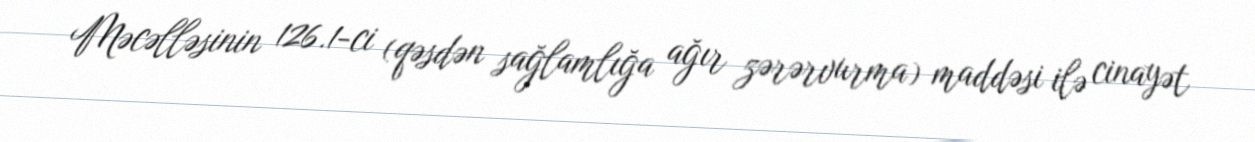
Məcəlləsinin 126.1-ci (qəsdən sağlamlığa ağır zərərvurma) maddəsi ilə cinayət